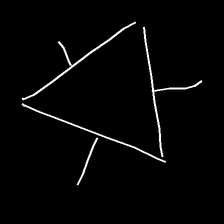
Glyph: fire